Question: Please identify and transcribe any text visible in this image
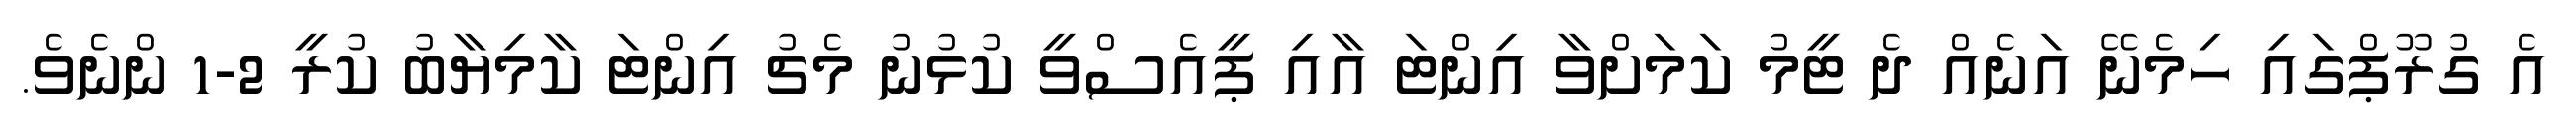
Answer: އެ ގުރޫޕްގައި ހިމެނޭ އަނެއް ދެ ޓީމު ކަމަށްވާ އިންޓަ އާއި ޕީއެސްވީ ކުޅުނު މެޗު އިންޓަ ކާމިޔާބު ކުރީ 2-1 ންނެވެ.